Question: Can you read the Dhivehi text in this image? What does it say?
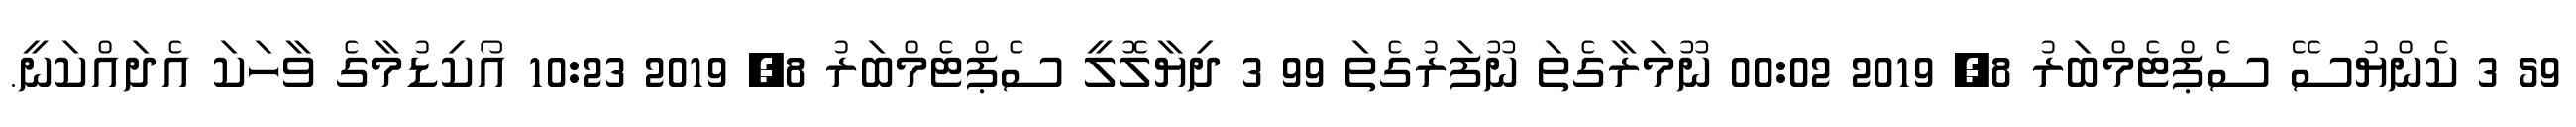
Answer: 59 3 ކެންޔުސޭ ސެޕްޓެމްބަރު 8, 2019 00:02 ނޫމަރާގެތަ ނޫފަރުގެތަ 99 3 ދިޔާލޮލީ ސެޕްޓެމްބަރު 8, 2019 10:23 އޯކިޑުމާގެ ވާހަކަ އެދައްކަނީ.